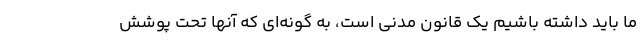
ما باید داشته باشیم یک قانون مدنی است، به گونه‌ای که آنها تحت پوشش